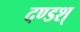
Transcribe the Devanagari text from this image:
दण्डश्